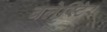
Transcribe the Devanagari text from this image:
बलेस्टिेर